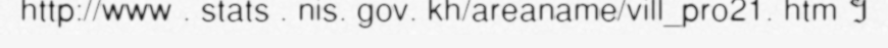
http://www . stats . nis. gov. kh/areaname/vill_pro21. htm ។